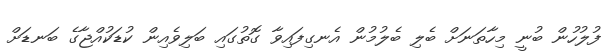
ފުލުހުން ބުނީ މިހާތަނަށް ބެލި ބެލުމުން އެނގިފައިވާ ގޮތުގައި ބަލިވެއިން ކުޑަކުއްޖާގެ ބަނޑަށް